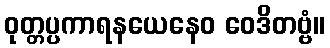
ဝုတ္တပ္ပကာရနယေနေဝ ဝေဒိတဗ္ဗံ။